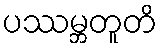
ပဿမ္ဘတူတိ